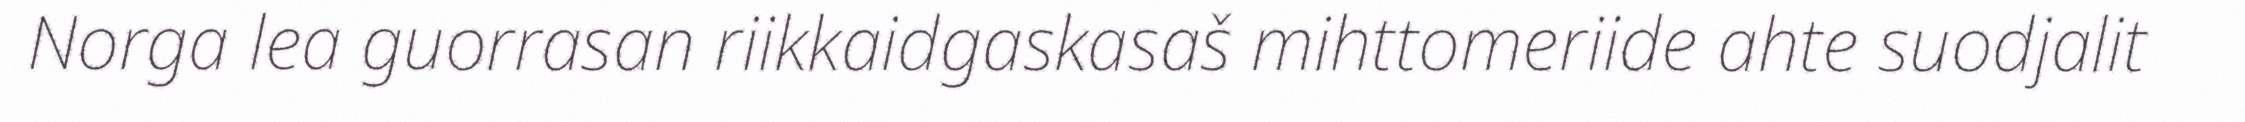
Norga lea guorrasan riikkaidgaskasaš mihttomeriide ahte suodjalit